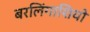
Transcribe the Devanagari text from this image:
बरलिंगाशियो